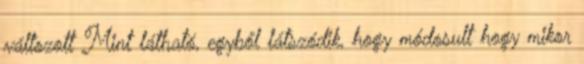
változott Mint látható, egyből látszódik, hogy módosult hogy mikor